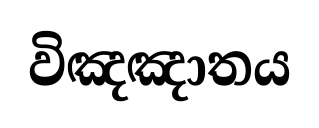
විඤඤාතය